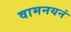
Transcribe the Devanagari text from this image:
वामनयनं